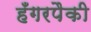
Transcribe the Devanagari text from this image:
हँगरपैकी